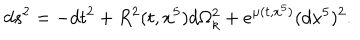
LaTeX: d s ^ { 2 } = - d t ^ { 2 } + R ^ { 2 } ( t , x ^ { 5 } ) d \Omega _ { k } ^ { 2 } + e ^ { \mu ( t , x ^ { 5 } ) } ( d x ^ { 5 } ) ^ { 2 } .